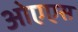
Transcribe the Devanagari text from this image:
ओएएस